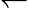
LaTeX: \leftharpoondown